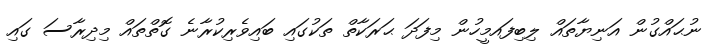
ނުޙައްގުން އަނިޔާތައް ލިބިފައމީހުން މިފަދަ ޙަރަކާތް ތަކުގައި ބައިވެރިކުރާނެ ގޮތްތައް މިދިރާސަ ގައި